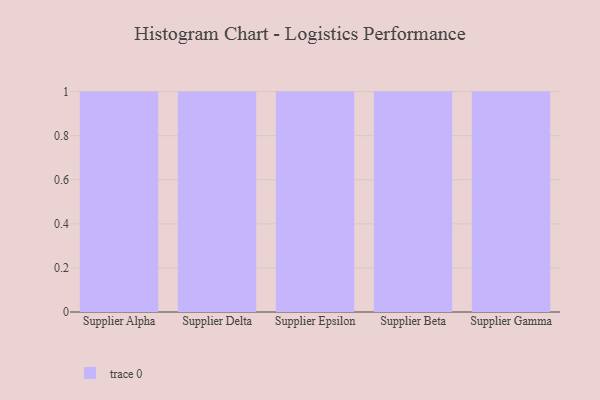
{"axis": {"x": "Supplier", "y": "Gross Profit (USD K)"}, "legend": [""], "data": [{"x": "Supplier Alpha", "y": 49, "type": ""}, {"x": "Supplier Delta", "y": 42, "type": ""}, {"x": "Supplier Epsilon", "y": 96, "type": ""}, {"x": "Supplier Beta", "y": 44, "type": ""}, {"x": "Supplier Gamma", "y": 93, "type": ""}]}